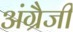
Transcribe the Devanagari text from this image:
अंग्रैजी